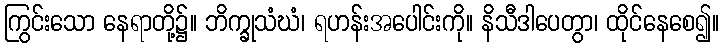
ကြွင်းသော နေရာတို့၌။ ဘိက္ခုသံဃံ၊ ရဟန်းအပေါင်းကို။ နိသီဒါပေတွာ၊ ထိုင်နေစေ၍။